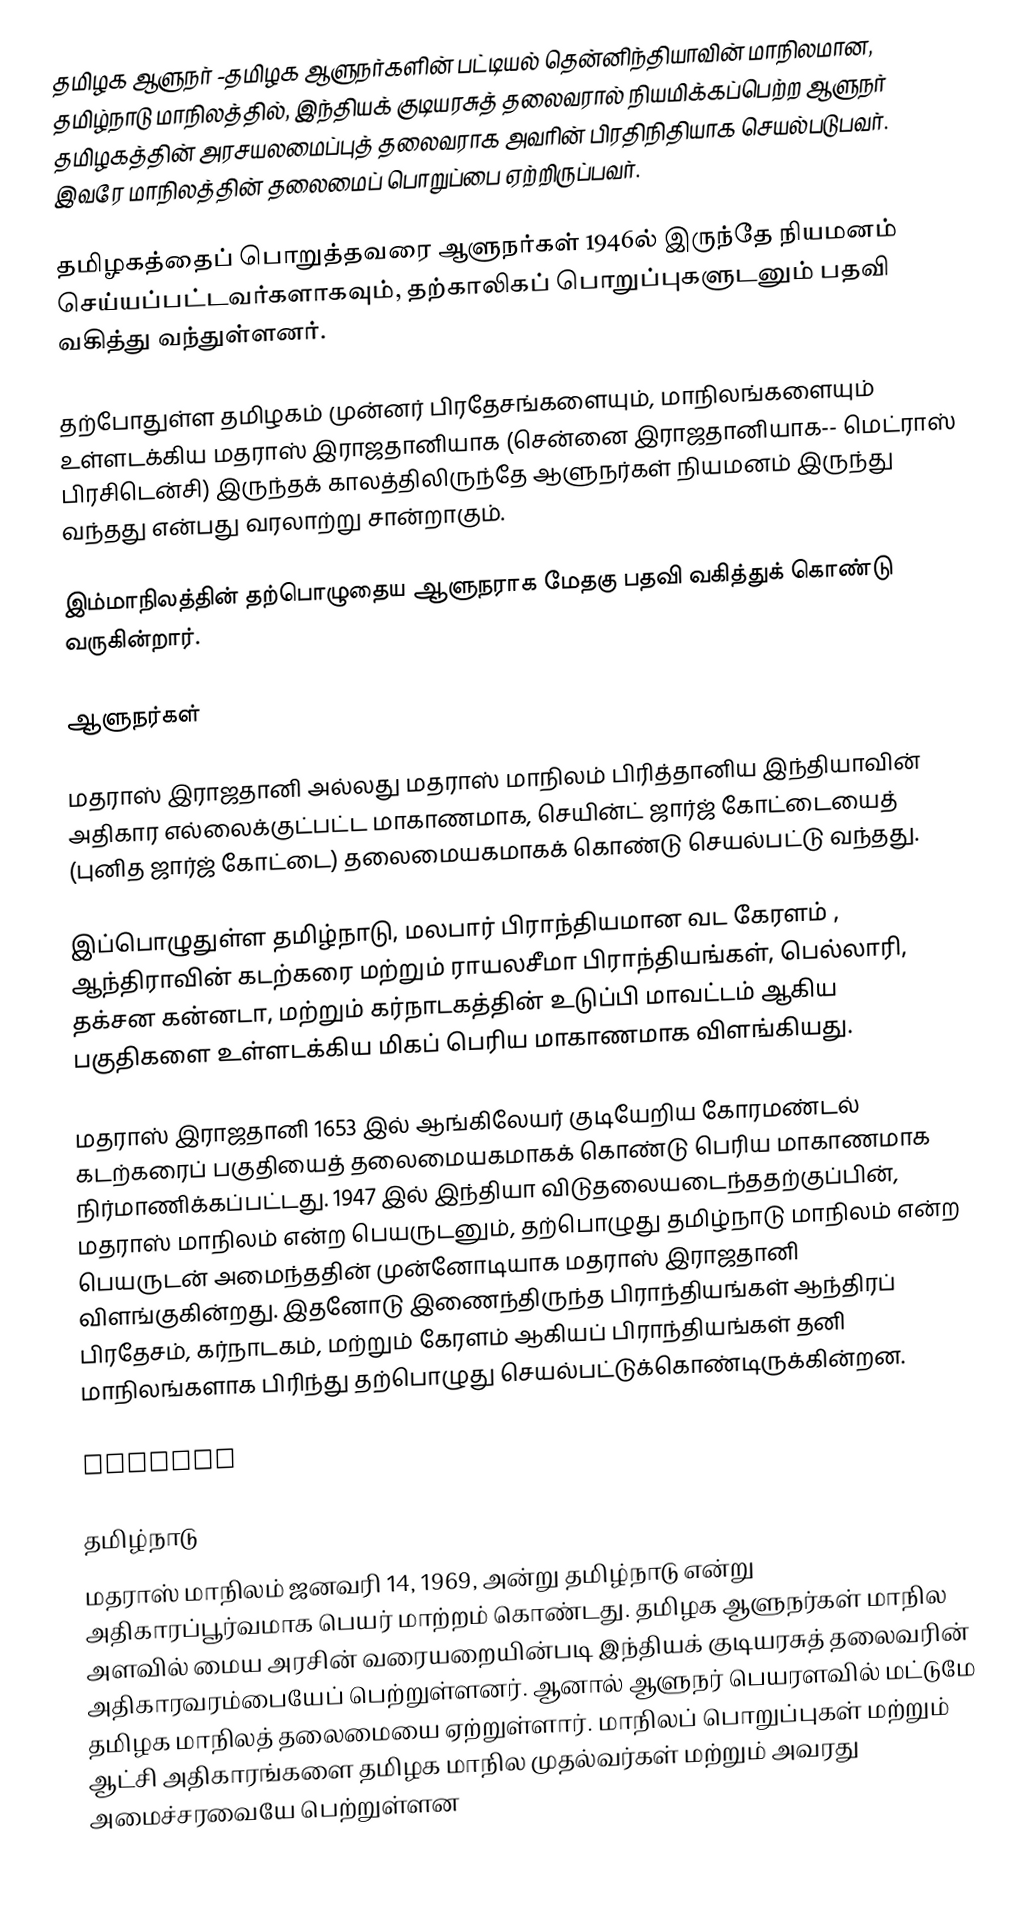
தமிழக ஆளுநர் -தமிழக ஆளுநர்களின் பட்டியல் தென்னிந்தியாவின் மாநிலமான, தமிழ்நாடு மாநிலத்தில், இந்தியக் குடியரசுத் தலைவரால் நியமிக்கப்பெற்ற ஆளுநர் தமிழகத்தின் அரசயலமைப்புத் தலைவராக அவரின் பிரதிநிதியாக செயல்படுபவர். இவரே மாநிலத்தின் தலைமைப் பொறுப்பை ஏற்றிருப்பவர்.

தமிழகத்தைப் பொறுத்தவரை ஆளுநர்கள் 1946ல் இருந்தே நியமனம் செய்யப்பட்டவர்களாகவும், தற்காலிகப் பொறுப்புகளுடனும் பதவி வகித்து வந்துள்ளனர்.

தற்போதுள்ள தமிழகம் முன்னர் பிரதேசங்களையும், மாநிலங்களையும் உள்ளடக்கிய மதராஸ் இராஜதானியாக  (சென்னை இராஜதானியாக-- மெட்ராஸ் பிரசிடென்சி) இருந்தக் காலத்திலிருந்தே ஆளுநர்கள் நியமனம் இருந்து வந்தது என்பது வரலாற்று சான்றாகும்.

இம்மாநிலத்தின் தற்பொழுதைய ஆளுநராக  மேதகு  பதவி வகித்துக் கொண்டு வருகின்றார்.

ஆளுநர்கள்

மதராஸ் இராஜதானி அல்லது மதராஸ் மாநிலம் பிரித்தானிய இந்தியாவின் அதிகார எல்லைக்குட்பட்ட மாகாணமாக, செயின்ட் ஜார்ஜ் கோட்டையைத் (புனித ஜார்ஜ் கோட்டை) தலைமையகமாகக்  கொண்டு செயல்பட்டு வந்தது.

இப்பொழுதுள்ள தமிழ்நாடு, மலபார் பிராந்தியமான வட கேரளம் , ஆந்திராவின் கடற்கரை மற்றும் ராயலசீமா பிராந்தியங்கள், பெல்லாரி, தக்சன கன்னடா, மற்றும் கர்நாடகத்தின் உடுப்பி மாவட்டம் ஆகிய பகுதிகளை உள்ளடக்கிய மிகப் பெரிய மாகாணமாக விளங்கியது.

மதராஸ் இராஜதானி 1653 இல்  ஆங்கிலேயர் குடியேறிய கோரமண்டல் கடற்கரைப் பகுதியைத் தலைமையகமாகக்  கொண்டு பெரிய மாகாணமாக நிர்மாணிக்கப்பட்டது. 1947 இல் இந்தியா விடுதலையடைந்ததற்குப்பின், மதராஸ் மாநிலம் என்ற பெயருடனும், தற்பொழுது தமிழ்நாடு மாநிலம் என்ற பெயருடன் அமைந்ததின் முன்னோடியாக மதராஸ் இராஜதானி விளங்குகின்றது. இதனோடு இணைந்திருந்த பிராந்தியங்கள் ஆந்திரப் பிரதேசம், கர்நாடகம், மற்றும் கேரளம் ஆகியப் பிராந்தியங்கள் தனி மாநிலங்களாக  பிரிந்து தற்பொழுது செயல்பட்டுக்கொண்டிருக்கின்றன.

Tabular

தமிழ்நாடு
மதராஸ் மாநிலம்  ஜனவரி 14, 1969, அன்று  தமிழ்நாடு என்று அதிகாரப்பூர்வமாக பெயர் மாற்றம் கொண்டது. தமிழக ஆளுநர்கள் மாநில அளவில் மைய அரசின் வரையறையின்படி இந்தியக் குடியரசுத் தலைவரின் அதிகாரவரம்பையேப் பெற்றுள்ளனர். ஆனால் ஆளுநர் பெயரளவில் மட்டுமே தமிழக மாநிலத் தலைமையை ஏற்றுள்ளார். மாநிலப் பொறுப்புகள் மற்றும் ஆட்சி அதிகாரங்களை தமிழக மாநில முதல்வர்கள் மற்றும் அவரது அமைச்சரவையே  பெற்றுள்ளன